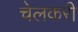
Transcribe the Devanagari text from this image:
चेलकरी